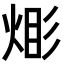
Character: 𪸹